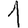
Digit: 1